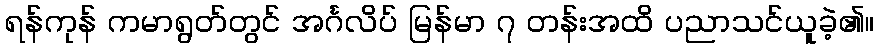
ရန်ကုန် ကမာရွတ်တွင် အင်္ဂလိပ် မြန်မာ ၇ တန်းအထိ ပညာသင်ယူခဲ့၏။